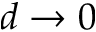
d \rightarrow 0